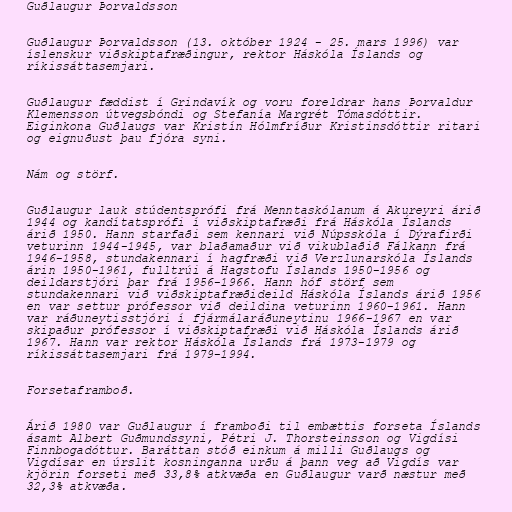
Guðlaugur Þorvaldsson

Guðlaugur Þorvaldsson (13. október 1924 - 25. mars 1996) var
íslenskur viðskiptafræðingur, rektor Háskóla Íslands og
ríkissáttasemjari.

Guðlaugur fæddist í Grindavík og voru foreldrar hans Þorvaldur
Klemensson útvegsbóndi og Stefanía Margrét Tómasdóttir.
Eiginkona Guðlaugs var Kristín Hólmfríður Kristinsdóttir ritari
og eignuðust þau fjóra syni.

Nám og störf.

Guðlaugur lauk stúdentsprófi frá Menntaskólanum á Akureyri árið
1944 og kandítatsprófi í viðskiptafræði frá Háskóla Íslands
árið 1950. Hann starfaði sem kennari við Núpsskóla í Dýrafirði
veturinn 1944-1945, var blaðamaður við vikublaðið Fálkann frá
1946-1958, stundakennari í hagfræði við Verzlunarskóla Íslands
árin 1950-1961, fulltrúi á Hagstofu Íslands 1950-1956 og
deildarstjóri þar frá 1956-1966. Hann hóf störf sem
stundakennari við viðskiptafræðideild Háskóla Íslands árið 1956
en var settur prófessor við deildina veturinn 1960-1961. Hann
var ráðuneytisstjóri í fjármálaráðuneytinu 1966-1967 en var
skipaður prófessor í viðskiptafræði við Háskóla Íslands árið
1967. Hann var rektor Háskóla Íslands frá 1973-1979 og
ríkissáttasemjari frá 1979-1994.

Forsetaframboð.

Árið 1980 var Guðlaugur í framboði til embættis forseta Íslands
ásamt Albert Guðmundssyni, Pétri J. Thorsteinsson og Vigdísi
Finnbogadóttur. Baráttan stóð einkum á milli Guðlaugs og
Vigdísar en úrslit kosninganna urðu á þann veg að Vigdís var
kjörin forseti með 33,8% atkvæða en Guðlaugur varð næstur með
32,3% atkvæða.